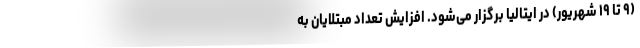
(۹ تا ۱۹ شهریور) در ایتالیا برگزار می‌شود. افزایش تعداد مبتلایان به